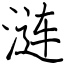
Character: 涟